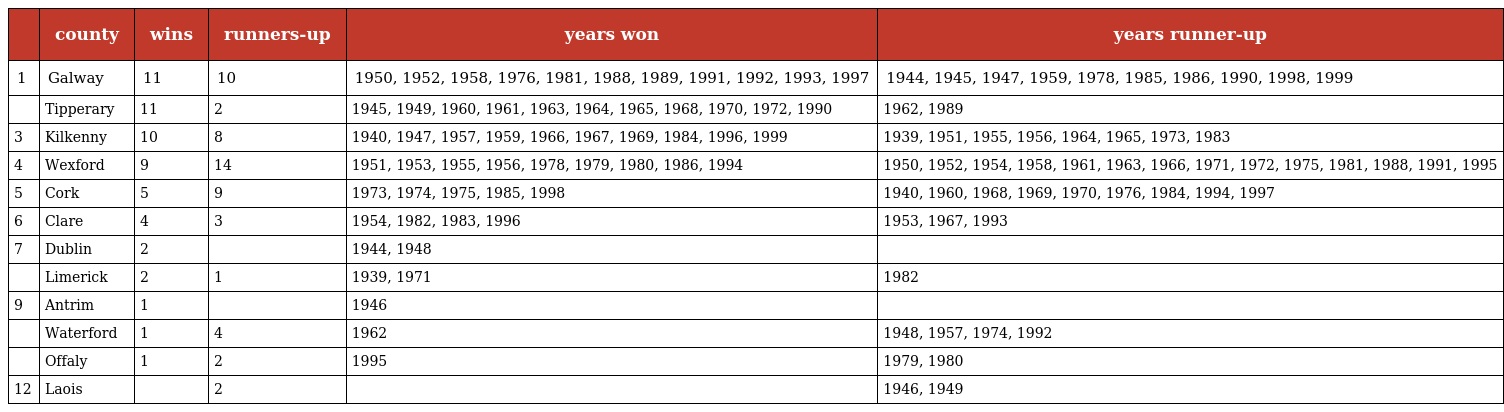
|  | county | wins | runners-up | years won | years runner-up |
 | --- | --- | --- | --- | --- | --- |
 | 1 | Galway | 11 | 10 | 1950, 1952, 1958, 1976, 1981, 1988, 1989, 1991, 1992, 1993, 1997 | 1944, 1945, 1947, 1959, 1978, 1985, 1986, 1990, 1998, 1999 |
 |  | Tipperary | 11 | 2 | 1945, 1949, 1960, 1961, 1963, 1964, 1965, 1968, 1970, 1972, 1990 | 1962, 1989 |
 | 3 | Kilkenny | 10 | 8 | 1940, 1947, 1957, 1959, 1966, 1967, 1969, 1984, 1996, 1999 | 1939, 1951, 1955, 1956, 1964, 1965, 1973, 1983 |
 | 4 | Wexford | 9 | 14 | 1951, 1953, 1955, 1956, 1978, 1979, 1980, 1986, 1994 | 1950, 1952, 1954, 1958, 1961, 1963, 1966, 1971, 1972, 1975, 1981, 1988, 1991, 1995 |
 | 5 | Cork | 5 | 9 | 1973, 1974, 1975, 1985, 1998 | 1940, 1960, 1968, 1969, 1970, 1976, 1984, 1994, 1997 |
 | 6 | Clare | 4 | 3 | 1954, 1982, 1983, 1996 | 1953, 1967, 1993 |
 | 7 | Dublin | 2 |  | 1944, 1948 |  |
 |  | Limerick | 2 | 1 | 1939, 1971 | 1982 |
 | 9 | Antrim | 1 |  | 1946 |  |
 |  | Waterford | 1 | 4 | 1962 | 1948, 1957, 1974, 1992 |
 |  | Offaly | 1 | 2 | 1995 | 1979, 1980 |
 | 12 | Laois |  | 2 |  | 1946, 1949 |